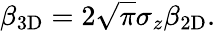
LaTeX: \beta_{\mathrm{3D}}=2\sqrt{\pi}\sigma_{z}\beta_{\mathrm{2D}}.